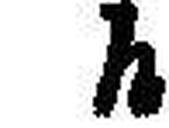
h